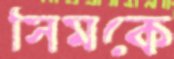
সিমকে